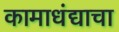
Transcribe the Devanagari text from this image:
कामाधंद्याचा